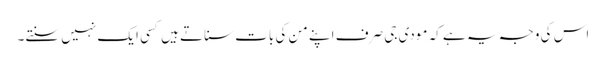
اس کی وجہ یہ ہے کہ مودی جی صرف اپنے من کی بات سناتے ہیں کسی ایک نہیں سنتے۔